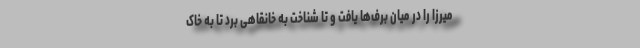
میرزا را در میان برف‌ها یافت و تا شناخت به خانقاهی برد تا به خاک